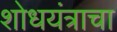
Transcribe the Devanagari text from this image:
शोधयंत्राचा